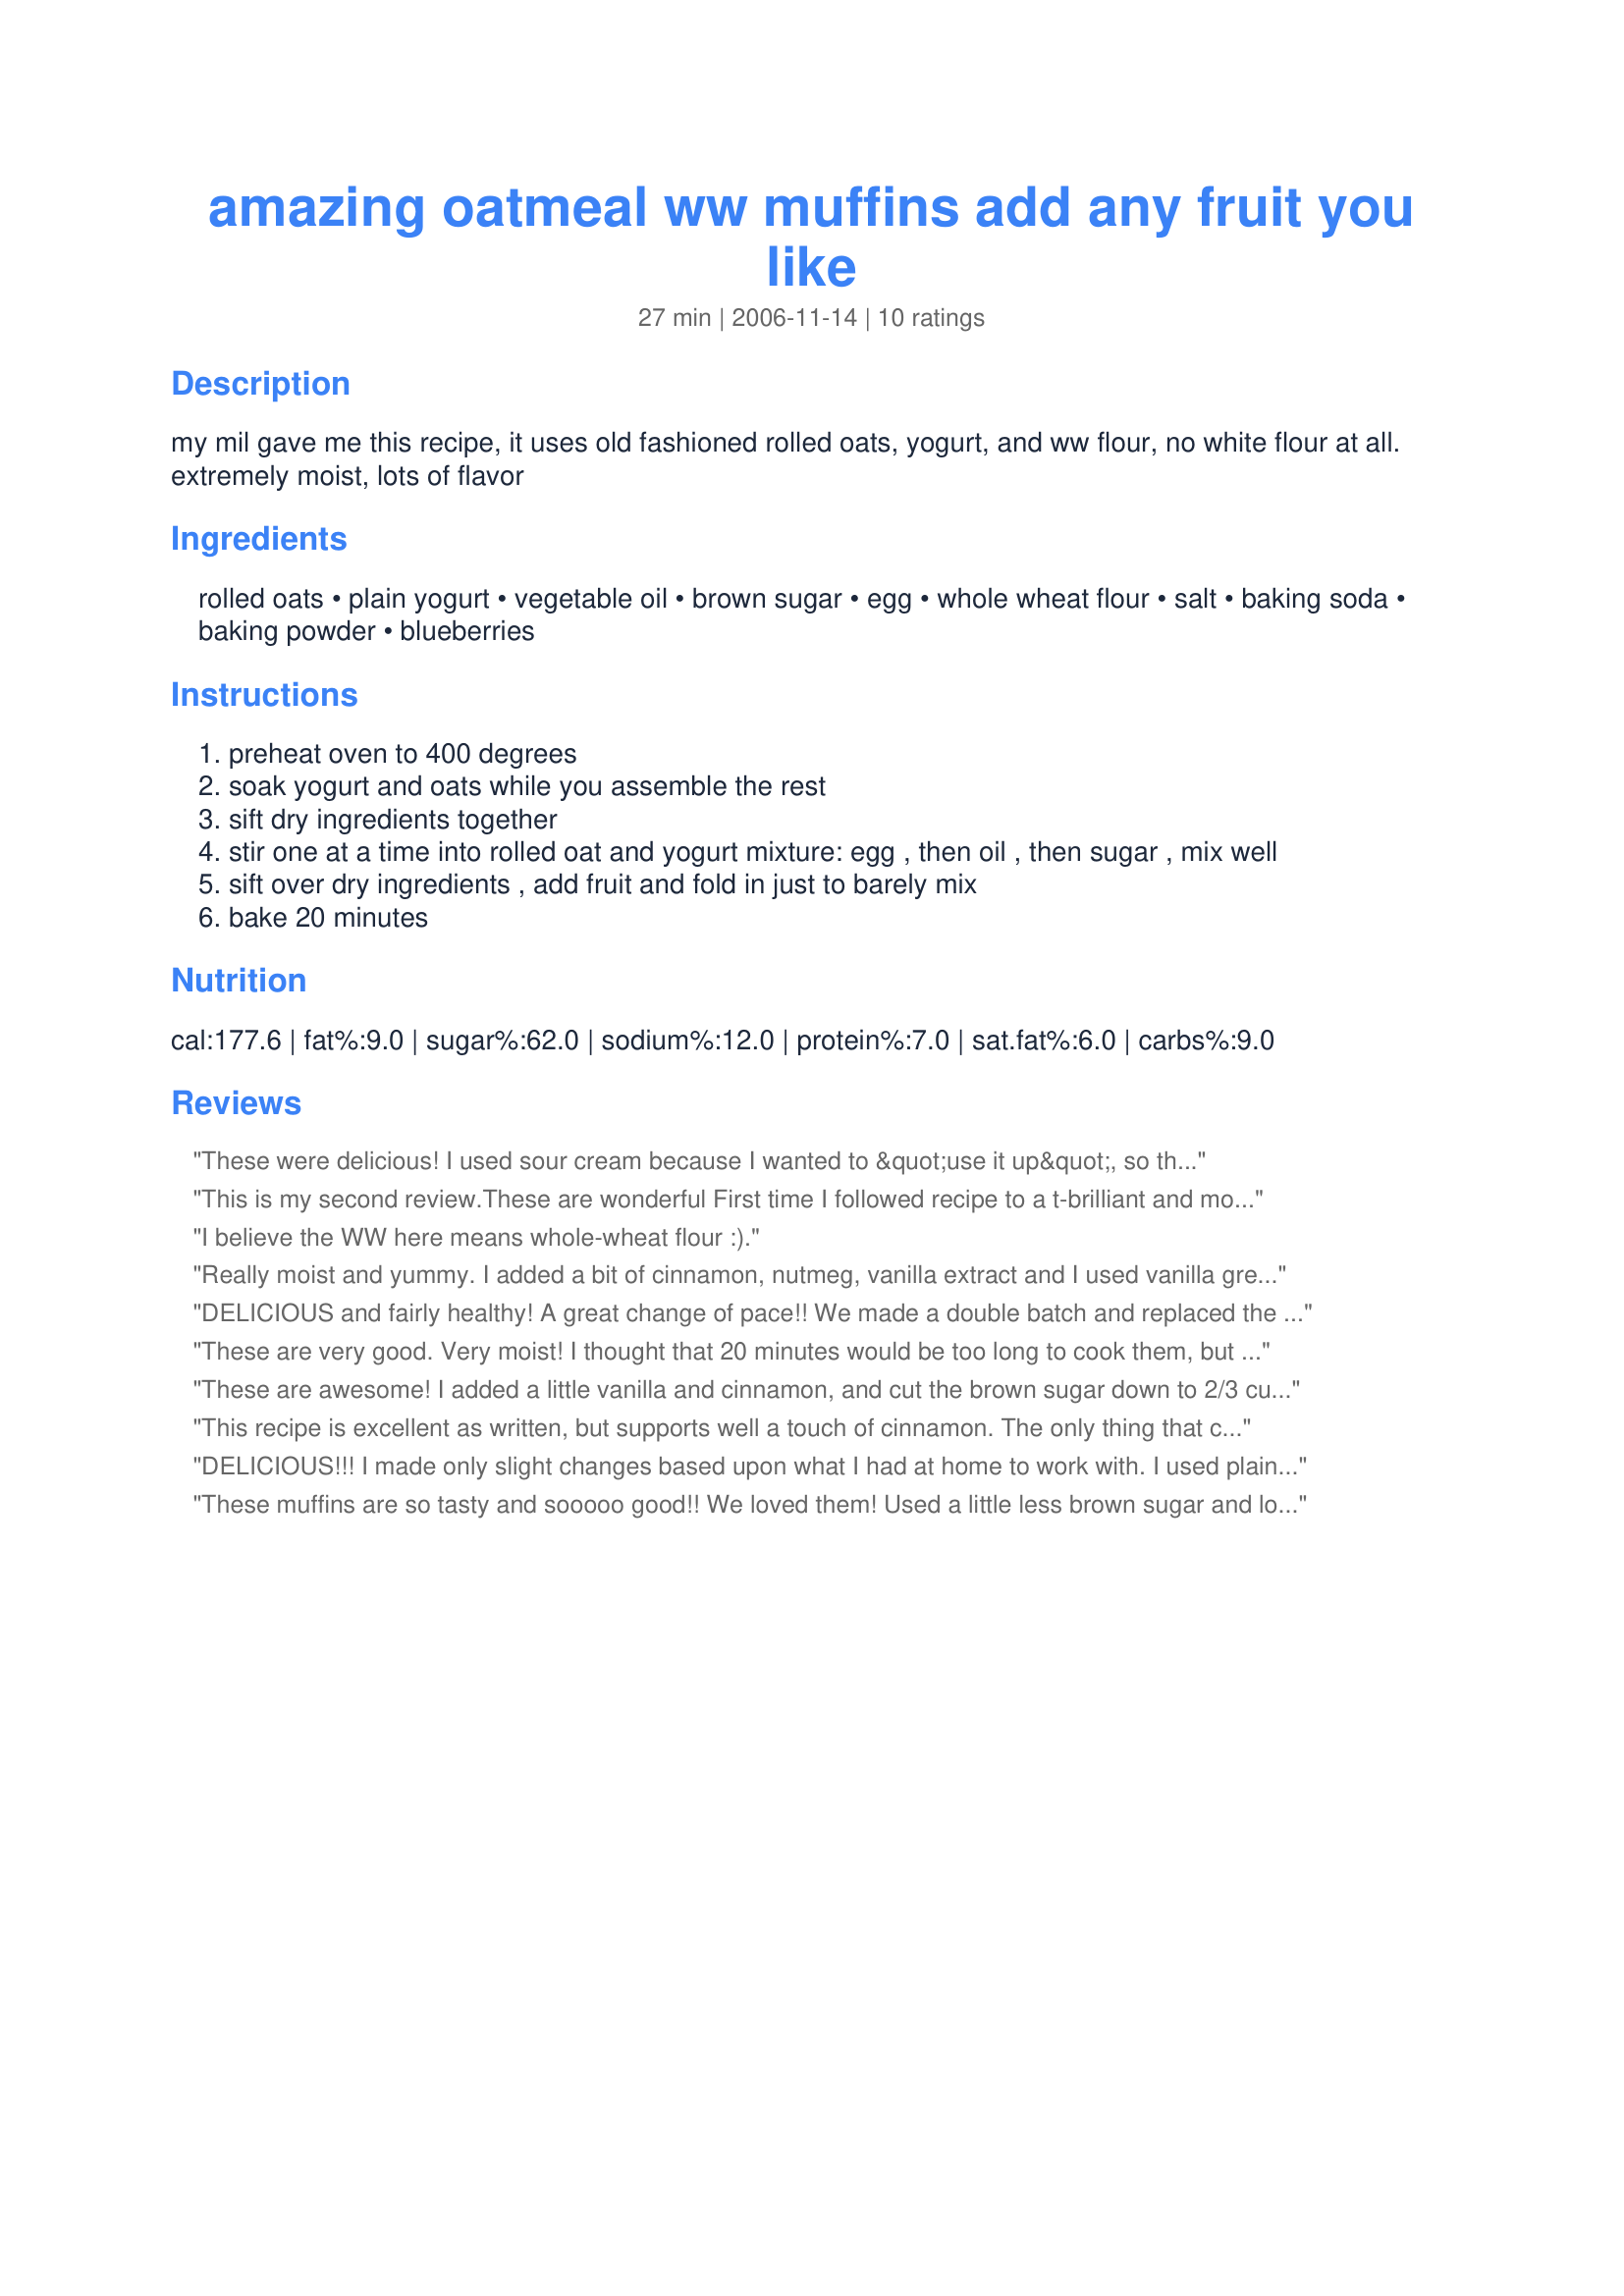
amazing oatmeal ww muffins add any fruit you like
Preparation time: 27 minutes

my mil gave me this recipe, it uses old fashioned rolled oats, yogurt, and ww flour, no white flour at all. extremely moist, lots of flavor

Ingredients:
rolled oats, plain yogurt, vegetable oil, brown sugar, egg, whole wheat flour, salt, baking soda, baking powder, blueberries

Steps:
preheat oven to 400 degrees
soak yogurt and oats while you assemble the rest
sift dry ingredients together
stir one at a time into rolled oat and yogurt mixture: egg , then oil , then sugar , mix well
sift over dry ingredients , add fruit and fold in just to barely mix
bake 20 minutes

Reviews:
These were delicious! I used sour cream because I wanted to &quot;use it up&quot;, so they weren&#039;t quite so healthy. I used a finely diced apple and King Arthur white whole wheat flour. I will be making again with the yogurt option as we are trying to eat more whole grains and less fat. These really satisfy the urge for something sweet for breakfast, but not quite so much guilt! Thank you for sharing your recipe! It&#039;s a keeper!!!!
This is my second review.These are wonderful First time I followed recipe to a t-brilliant and moist.Second time added pineapple chunks drained along with white choc chips.Third trime added chopped apple and in the middle put a small spoonful of Raspberry jam-really went well together.My children love them and they are so healthy with the oats ,yoghurt and fruit.You can use fruit yoghurts too-full fat whatever.
They are one of the most moist and flavourful wholewheat muffin I have tasted!!!!!!!!
So easy to make as well-real quick!!!!!
I believe the WW here means whole-wheat flour :).
Really moist and yummy. I added a bit of cinnamon, nutmeg, vanilla extract and I used vanilla greek yogurt. They come out so perfect in terms of consistency, thanks for this!
DELICIOUS and fairly healthy! A great change of pace!!

We made a double batch and replaced the oil with applesauce and also used vanilla flavored yogurt as that's what we had. I also added in some cinnamon and vanilla as others suggested. :) 

One half just had chocolate chips placed on top (by my preschoolers) and for the other half, I chopped in some drained tropical fruit and slivered almonds. Ours cooked in about 17 minutes.

Thank you very much for the recipe! I'll definitely use it again and again as we ALWAYS have these ingredients on hand! :)
These are very good. Very moist! I thought that 20 minutes would be too long to cook them, but it was just about right - I took them out a few minutes before and they felt done, but upon tasting one, 20 minutes would have been spot on. I made the pumpkin version and added cinnamon, vanilla, cloves and nutmeg. I also made a little topping out of the 1/4 cup of oats I had left in the container and it was just perfect!
These are awesome! I added a little vanilla and cinnamon, and cut the brown sugar down to 2/3 cup. As for fruit, I added about 3/4 cup dried cranberries and 2/3 cup chopped pecans. I only had a 6 oz vanilla yogurt, so I added 2 oz of vanilla soy milk to get up to 1 cup. I'm ready to go grab another one!!
This recipe is excellent as written, but supports well a touch of cinnamon. The only thing that confused me is how a WW recipe could have that much sugar in it. My sister replaced the sugar with Splenda and baked the whole recipe in a loaf pan, and her husband ate it all in one evening. It is easy to prepare, moist and flavorful.
DELICIOUS!!! I made only slight changes based upon what I had at home to work with. I used plain ff Greek style yogurt (drinkable so it's the consistency of buttermilk). Used the amount of brown sugar called for but kept the measurement loose rather than packed down. Used 1/4 egg beaters for the one egg called for (shaved off one point). Replaced fresh blueberries for 1/2 cup dried since we do not currently have blueberries at the market. Also added a touch of cinnamon as another reviewer suggested and a 1/2 tsp. vanilla. Slight changes but still magnificent!
These muffins are so tasty and sooooo good!! We loved them! Used a little less brown sugar and low fat yogurt. The mix was very thick but the muffins turned out perfect! Great light muffins! Thanks MM! :)
